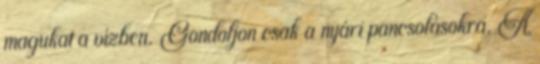
magukat a vízben. Gondoljon csak a nyári pancsolásokra. A